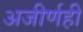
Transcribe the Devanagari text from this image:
अजीर्णही